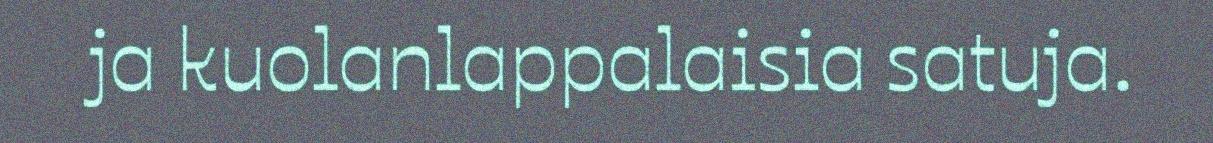
ja kuolanlappalaisia satuja.